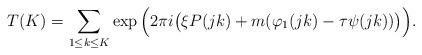
LaTeX: \begin{align*}T(K) = \sum_{1 \leq k \leq K} \exp\Big(2\pi i \big(\xi P(j k) + m(\varphi_1(j k) - \tau \psi(j k))\big)\Big).\end{align*}